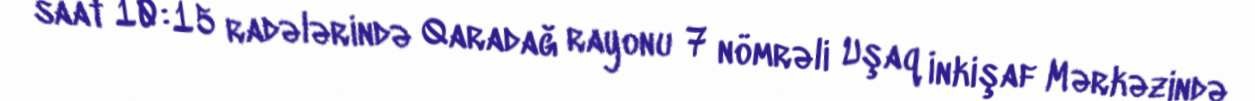
saat 10:15 radələrində Qaradağ rayonu 7 nömrəli Uşaq İnkişaf Mərkəzində